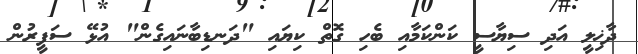
ދާޚިލީ އަދި ސިޔާސީ ކަންކަމާއި ބެހި ގޮތް ކިޔައި "ދަނޑިބާނައިގެން" އުޅޭ ސަފީރުން